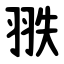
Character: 翐